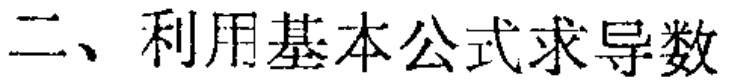
二、利用基本公式求导数